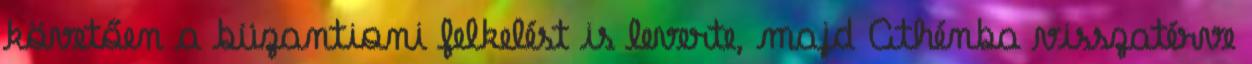
követően a büzantioni felkelést is leverte, majd Athénba visszatérve